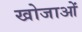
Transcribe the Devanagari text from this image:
खोजाओं